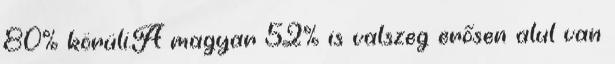
80% körüli.A magyar 52% is valszeg erősen alul van